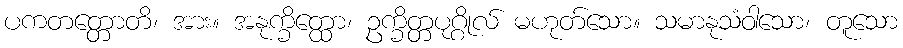
ပကတတ္တောတိ၊ အား။ အနုက္ခိတ္ထော၊ ဥက္ခိတ္တပုဂ္ဂိုလ် မဟုတ်သော။ သမာနုသံဝါသော၊ တူသော